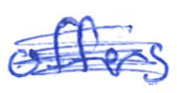
Text: offers
Cross-out: scratch
Writing tool: ballpoint